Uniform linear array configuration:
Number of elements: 12
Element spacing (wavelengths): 0.25
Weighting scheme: uniform
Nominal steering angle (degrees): -15
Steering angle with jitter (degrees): -16.162
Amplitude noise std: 0.05
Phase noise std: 0.05

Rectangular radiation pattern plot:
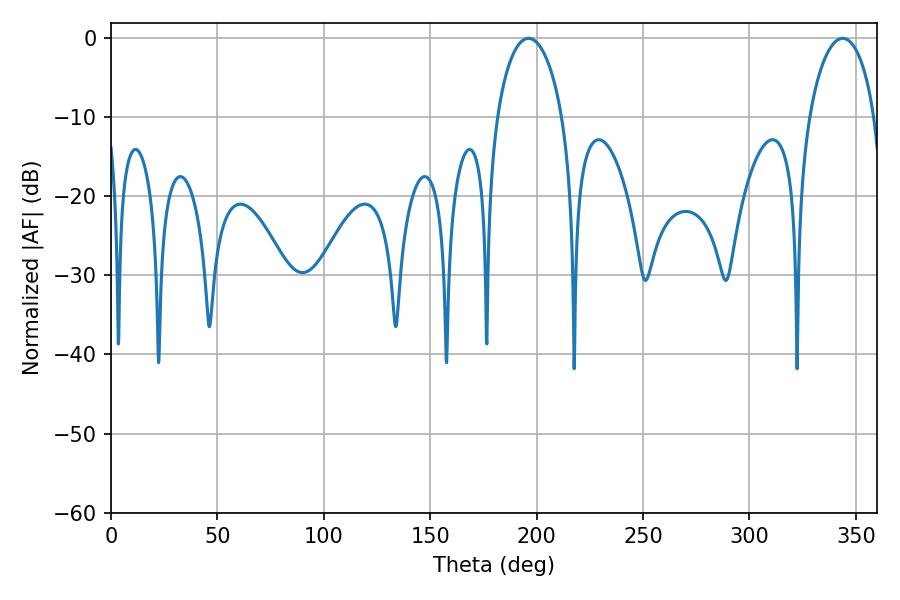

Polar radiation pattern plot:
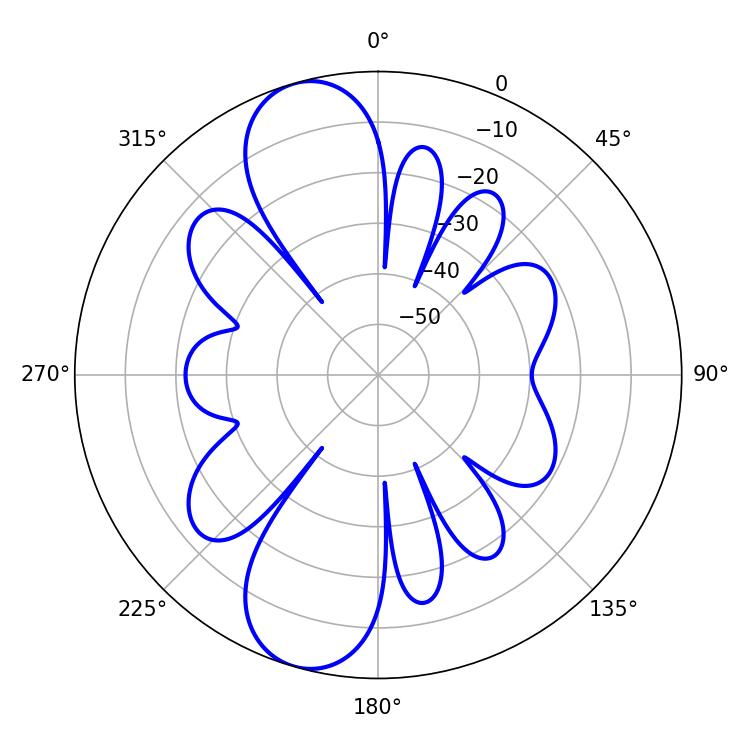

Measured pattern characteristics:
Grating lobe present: FALSE
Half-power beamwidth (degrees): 17.64
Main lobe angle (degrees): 196.2